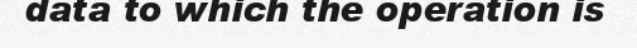
data to which the operation is